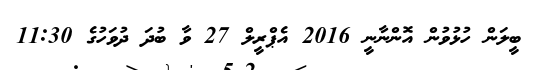
ބީލަން ހުޅުވުން އޮންނާނީ 2016 އެޕްރީލް 27 ވާ ބުދަ ދުވަހުގެ 11:30